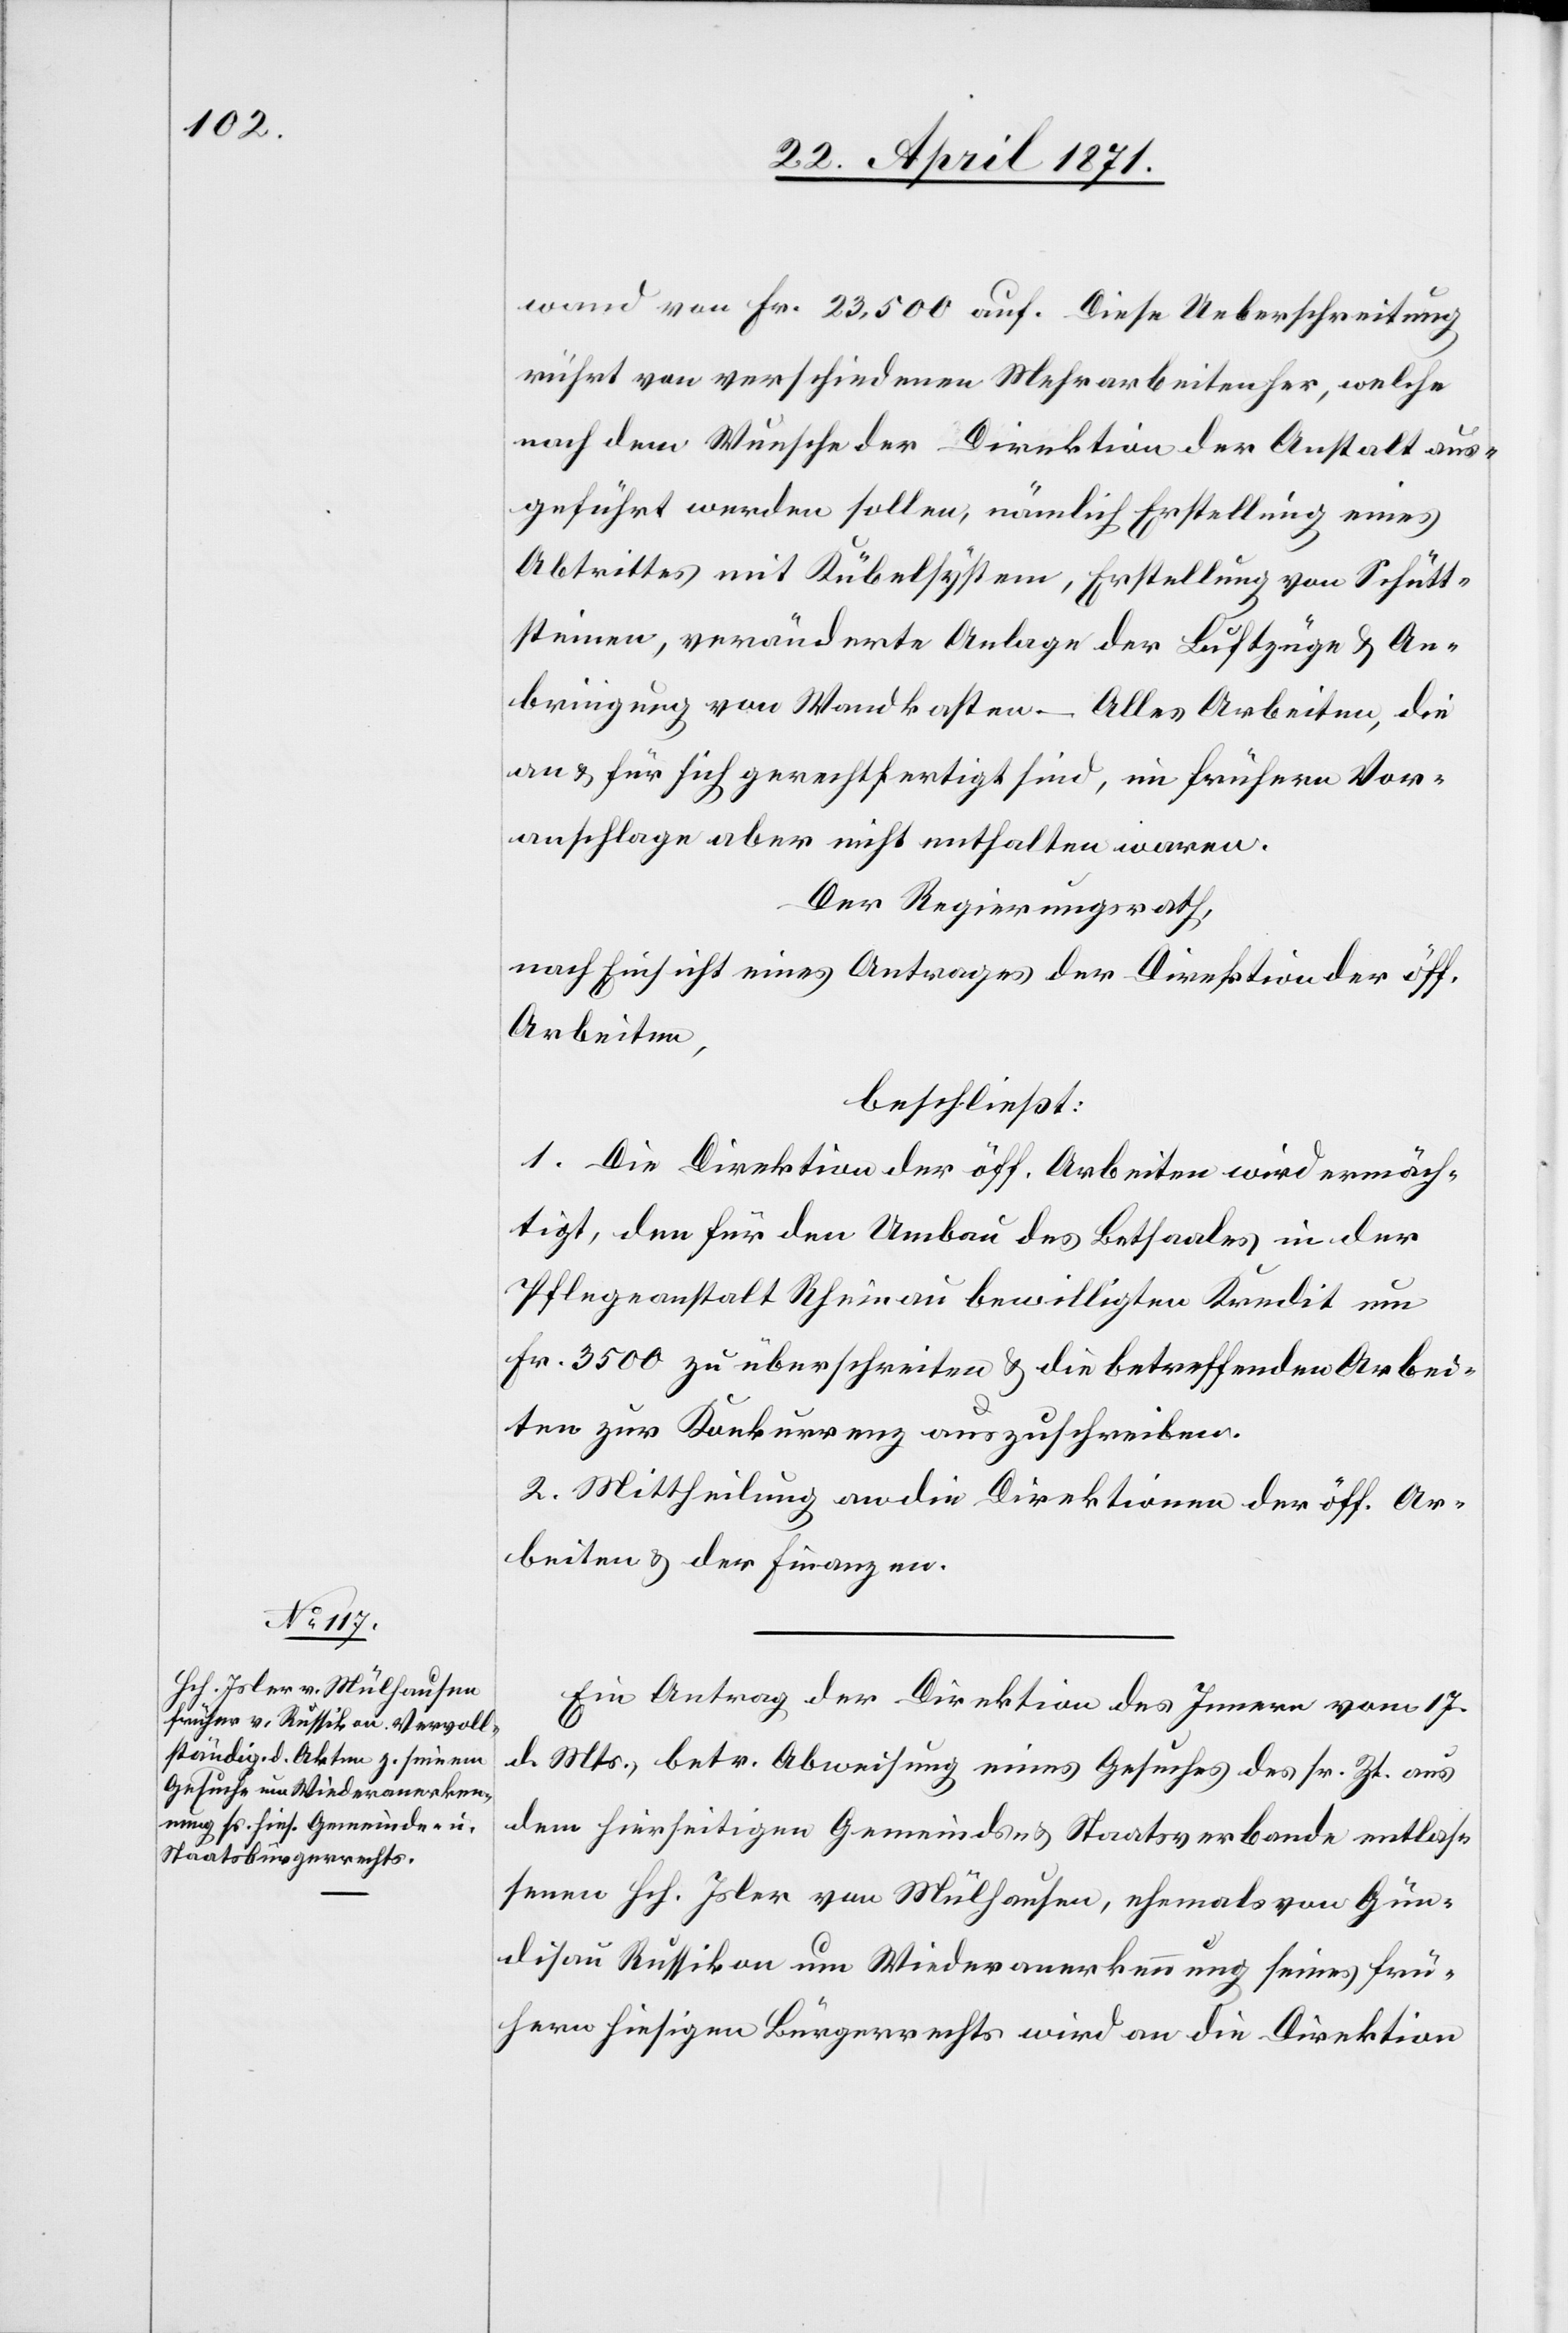
wand von Fr. 23,500 auf. Diese Ueberschreitung
rührt von verschiedenen Mehrarbeiten her, welche
nach dem Wunsche der Direktion der Anstalt aus¬
geführt werden sollen, nämlich Erstellung eines
Abtrittes mit Kübelsystem, Erstellung von Schütt¬
steinen, veränderte Anlage der Luftzüge u. An¬
bringung von Wandkasten – Alles Arbeiten, die
an u. für sich gerechtfertigt sind, im frühern Vor¬
anschlage aber nicht enthalten waren.
Der Regierungsrath,
nach Einsicht eines Antrages der Direktion der öff.
Arbeiten,
beschließt:
1. Die Direktion der öff. Arbeiten wird ermäch¬
tigt, den für den Umbau des Betsaales in der
Pflegeanstalt Rheinau bewilligten Kredit um
Fr. 3500 zu überschreiten u. die betreffenden Arbei¬
ten zur Konkurrenz auszuschreiben.
2. Mittheilung an die Direktion der öff. Ar¬
beiten u. der Finanzen.
Ein Antrag der Direktion des Innern vom 17.
d. Mts., betr. Abweisung eines Gesuches des sr. Zt. aus
dem hierseitigen Gemeinds- u. Staatsverbande entlas¬
senen Hch. Isler von Mülhausen, ehemals von Gün¬
disau Russikon um Wiederanerkennung seines frü¬
hern hiesigen Bürgerrechts wird an die Direktion